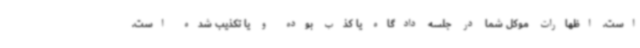
است. اظهارات موکل شما در جلسه دادگاه یا کذب بوده و یا تکذیب شده است.